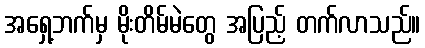
အရှေ့ဘက်မှ မိုးတိမ်မဲတွေ အပြည့် တက်လာသည်။